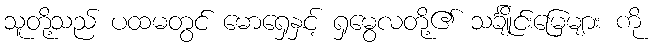
သူတို့သည် ပထမတွင် မောရှေနှင့် ရှမွေလတို့၏ သင်္ချိုင်းမြေများ ကို